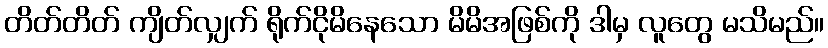
တိတ်တိတ် ကျိတ်လျှက် ရိုက်ငိုမိနေသော မိမိအဖြစ်ကို ဒါမှ လူတွေ မသိမည်။